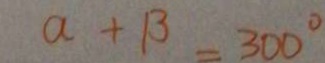
a + \beta = 3 0 0 ^ { \circ }